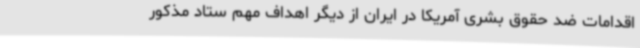
اقدامات ضد حقوق بشری آمریکا در ایران از دیگر اهداف مهم ستاد مذکور